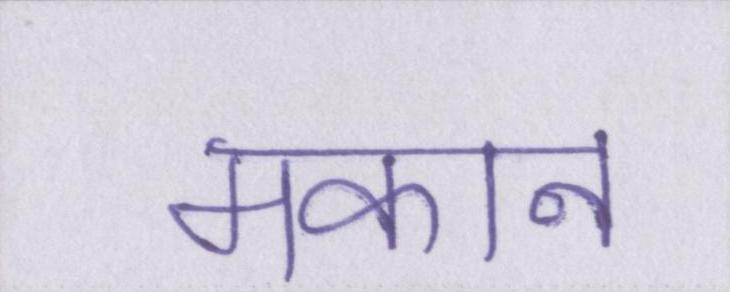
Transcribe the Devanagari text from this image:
मकान